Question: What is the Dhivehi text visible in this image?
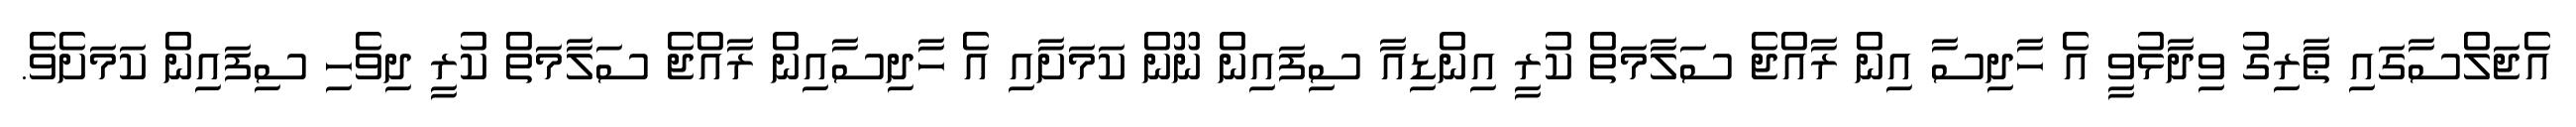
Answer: އެޖަލްސާގައި ޠާރިގު ވިދާޅުވީ އެ ހާދިސާ އިން ރާއްޖެ ސަލާމަތް ކުރީ އިންޑިއާ ސިފައިން ނޫން ކަމަށާއި އެ ހާދިސާއިން ރާއްޖެ ސަލާމަތް ކުރީ ދިވެހި ސިފައިން ކަމަށެވެ.